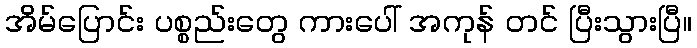
အိမ်ပြောင်း ပစ္စည်းတွေ ကားပေါ် အကုန် တင် ပြီးသွားပြီ။